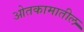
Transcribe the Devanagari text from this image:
ओतकामातील